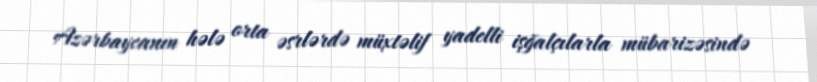
Azərbaycanın hələ orta əsrlərdə müxtəlif yadelli işğalçılarla mübarizəsində